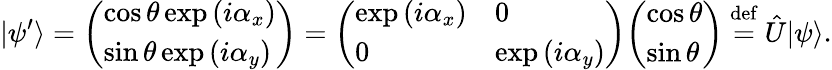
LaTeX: |\psi^{\prime}\rangle={\left(\begin{array}{l}{\cos\theta\exp\left(i\alpha_{x}\right)}\\ {\sin\theta\exp\left(i\alpha_{y}\right)}\end{array}\right)}={\left(\begin{array}{ll}{\exp\left(i\alpha_{x}\right)}&{0}\\ {0}&{\exp\left(i\alpha_{y}\right)}\end{array}\right)}{\left(\begin{array}{l}{\cos\theta}\\ {\sin\theta}\end{array}\right)}\ {\stackrel{\mathrm{def}}{=}}\ {\hat{U}}|\psi\rangle.